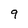
Character: 9